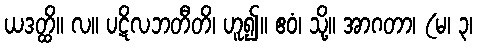
ယဒတ္ထိ။ လ။ ပဋိလဘတီတိ၊ ဟူ၍။ ဧဝံ၊ သို့။ အာဂတာ၊ (မ၊ ၃၊